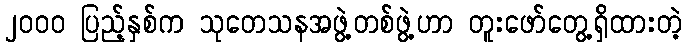
၂၀၀၀ ပြည့်နှစ်က သုတေသနအဖွဲ့တစ်ဖွဲ့ဟာ တူးဖော်တွေ့ရှိထားတဲ့